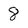
Character: 8